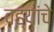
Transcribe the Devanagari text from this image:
वह्यांचे